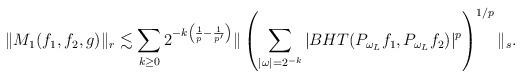
LaTeX: \begin{align*}\|M_1(f_1, f_2, g)\|_r \lesssim \sum_{k \geq 0} 2^{-k\left( \frac{1}{p}-\frac{1}{p'} \right)} \| \left( \sum_{|\omega|=2^{-k}} \vert BHT(P_{\omega_L} f_1, P_{\omega_L} f_2) \vert ^{p} \right)^{1/p} \|_s.\end{align*}